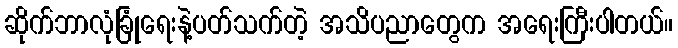
ဆိုက်ဘာလုံခြုံရေးနဲ့ပတ်သက်တဲ့ အသိပညာတွေက အရေးကြီးပါတယ်။